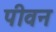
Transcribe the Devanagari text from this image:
पीवन